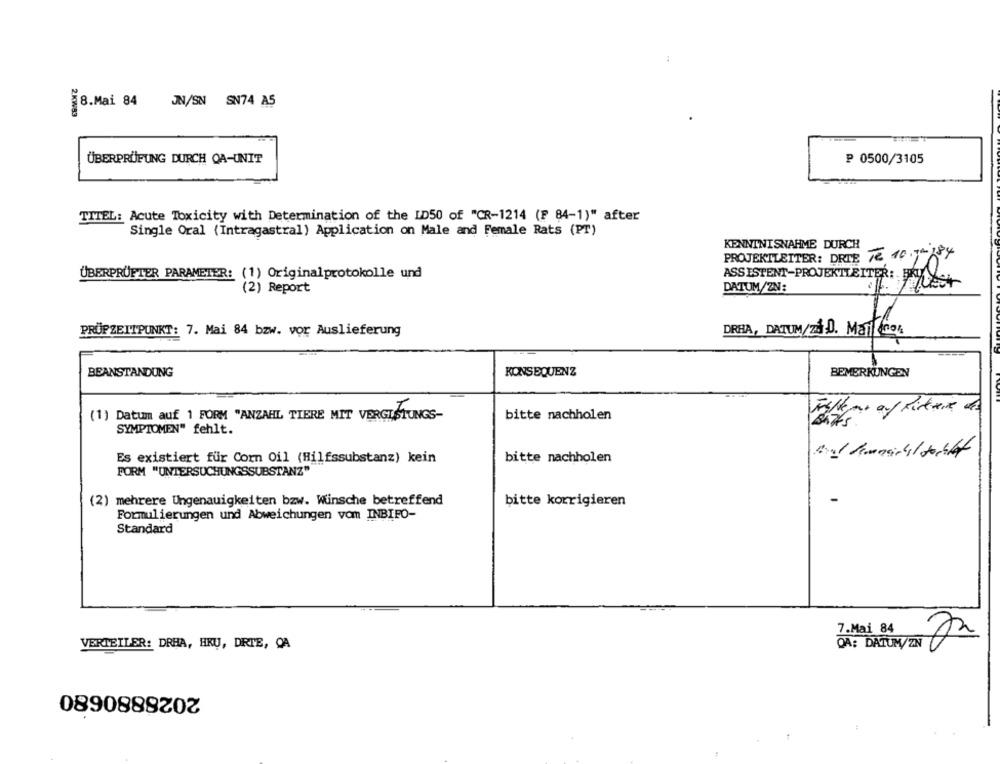
8.Mai 84
JN/SN SN74 A5
ÜBERPRÜFUNG DURCH OA-UNIT
₽ 0500/3105
TITEL: Acute Toxicity with Determination of the LD50 of "CR-1214 (F 84-1)" after
Single Oral (Intragastral) Application on Male and Female Rats (PT)
KENNTNISNAHME DURCH
PROJEKTLEITER: DRIE 72 10.74 184
ÜBERPRÜFTER PARAMETER:
(1) Originalprotokolle und
ASSISTENT-PROJEKTLEITER: FRUL
(2) Report
DATUM/ZN:
PRÜFZEITPUNKT: 7. Mai 84 bzw. vor Auslieferung
DRHA, DATUM/zi.D. MaTicos
BEANSTANDUNG
KONSEQUENZ
BEMERKUNGEN
(1) Datum auf 1 FORM "ANZAHL TIERE MIT VERGIFTUNGS-
bitte nachholen
SYMPTOMEN" fehlt.
Es existiert für Corn Oil (Hilfssubstanz) kein
bitte nachholen
FORM "UNTERSUCHUNGSSUBSTANZ""
(2) mehrere Ungenauigkeiten bzw. Wünsche betreffend
bitte korrigieren
Formulierungen und Abweichungen vom INBIFO-
Standard
7.Mai 84
VERTEILER: DRHA, HRU, DRIE, CA
QA: DATUM/ZN
2028880680